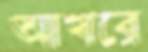
আখরে